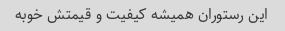
این رستوران همیشه کیفیت و قیمتش خوبه